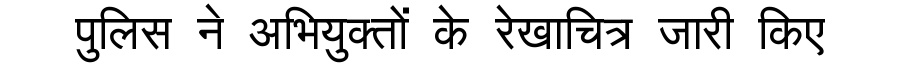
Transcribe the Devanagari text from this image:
पुलिस ने अभियुक्तों के रेखाचित्र जारी किए